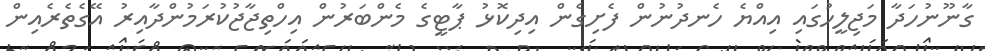
ގާނޫނުހަދާ މަޖިލީހުގައި އިއްޔެ ހެނދުނުން ފެށިގެން އިދިކޮޅު ޕާޓީގެ މެންބަރުން އިހްތިޖާޖުކުރަމުންދާއިރު އޭގެތެރެއިން